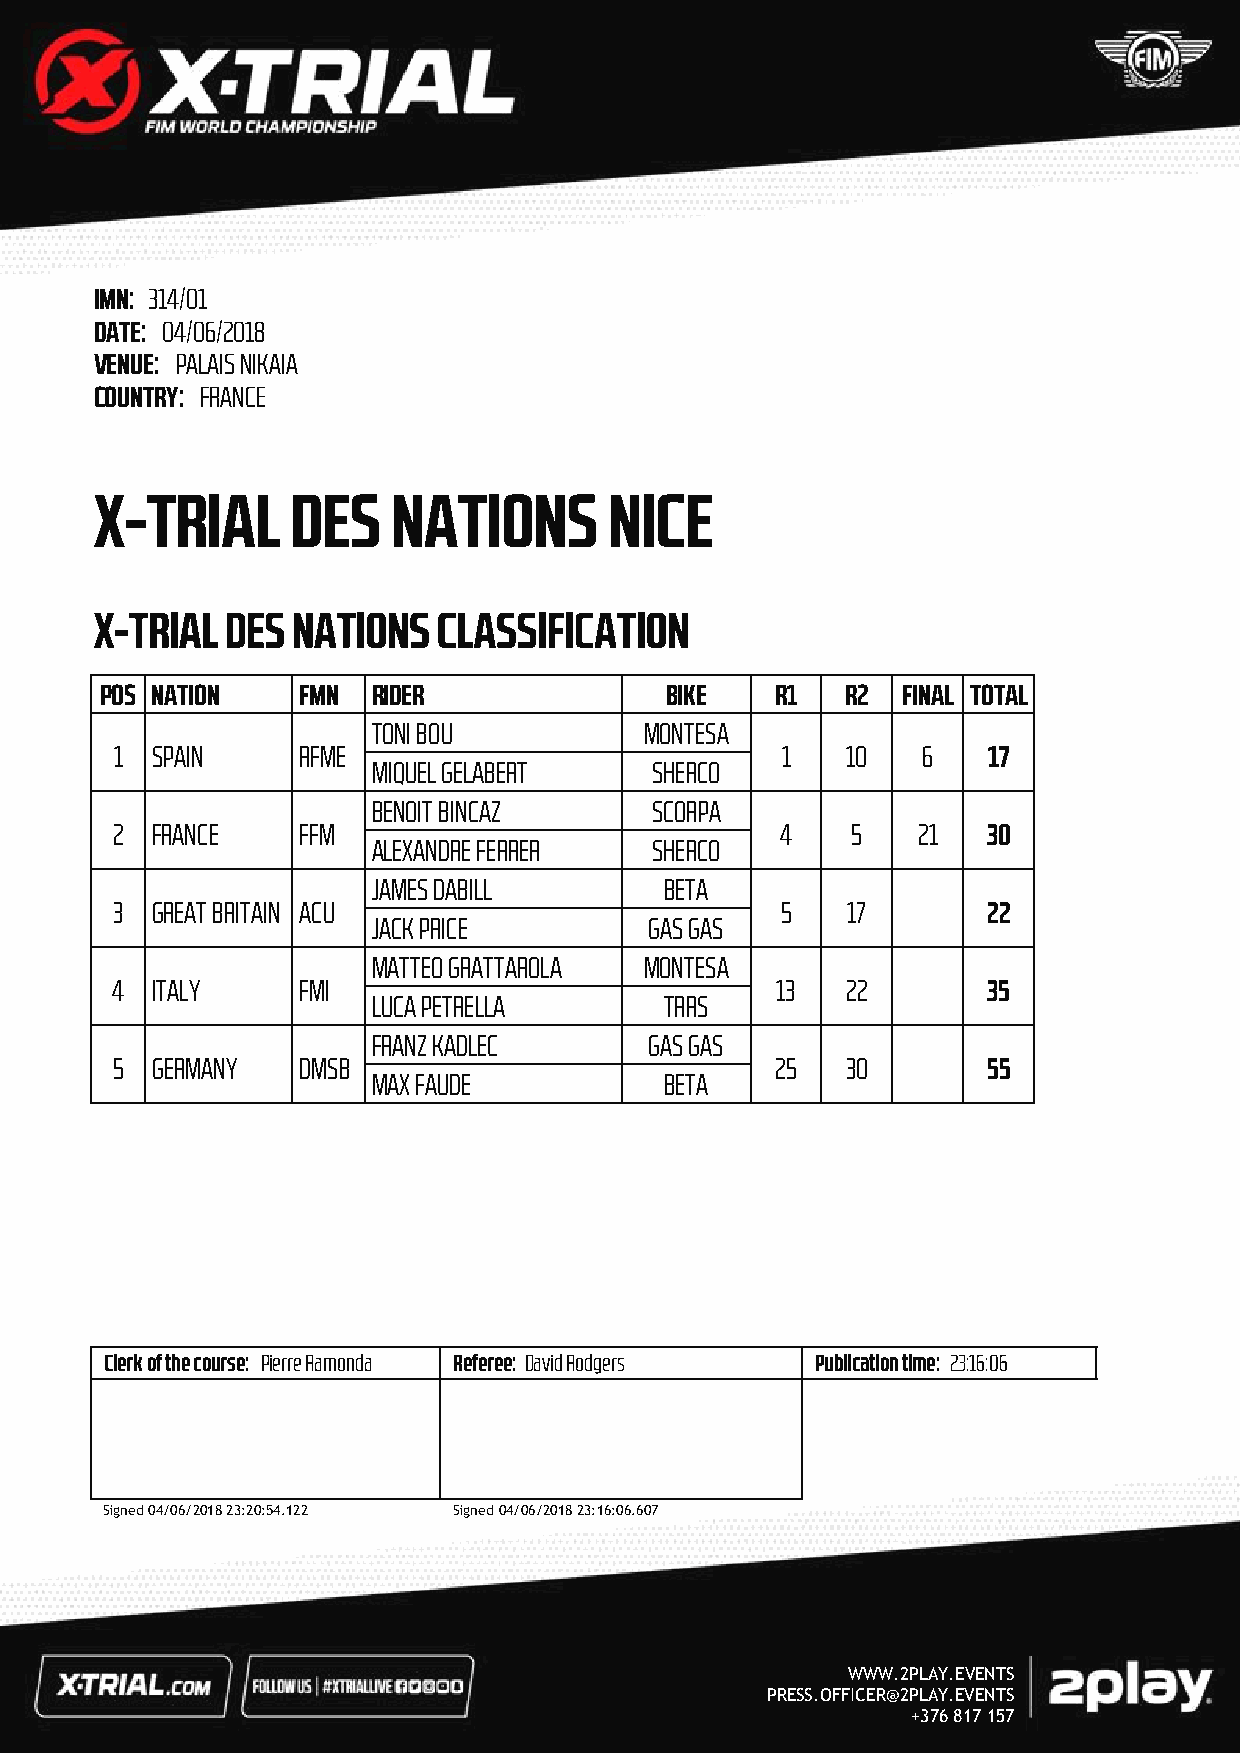
IMN: 314/01
 DATE: 04/06/2018
 VENUE: PALAIS NIKAIA
 COUNTRY: FRANCE
 X-TRIAL      DES    NATIONS       NICE
 X-TRIAL  DES NATIONS   CLASSIFICATION
 POS NATION   FMN  RIDER              BIKE   R1   R2  FINAL TOTAL
 TONI BOU          MONTESA
 1 SPAIN     RFME                            1   10   6   17
 MIQUEL GELABERT   SHERCO
 BENOIT BINCAZ     SCORPA
 2  FRANCE    FFM                             4   5    21  30
 ALEXANDRE FERRER  SHERCO
 JAMES DABILL       BETA
 3  GREAT BRITAIN ACU                         5   17       22
 JACK PRICE        GAS GAS
 MATTEO GRATTAROLA MONTESA
 4  ITALY     FMI                            13   22       35
 LUCA PETRELLA      TRRS
 FRANZ KADLEC      GAS GAS
 5  GERMANY   DMSB                           25   30       55
 MAX FAUDE          BETA
 Clerk of the course: Pierre Ramonda Referee: David Rodgers Publication time: 23:16:06
 Signed 04/06/2018 23:20:54.122 Signed 04/06/2018 23:16:06.607
 WWW.2PLAY.EVENTS
 PRESS.OFFICER@2PLAY.EVENTS
 +376 817 157